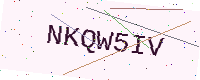
Text: NKQW5IV